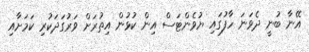
އޭނާ ބުނީ ދެވަނަ ހާފުގައި ޔުވެންޓަސް އިން ކުޅުން އިތުރަށް ވަރުގަދަކުރި ކަމަށާއި